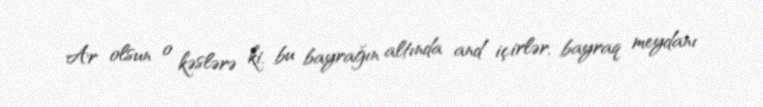
Ar olsun o kəslərə ki, bu bayrağın altında and içirlər, bayraq meydanı